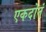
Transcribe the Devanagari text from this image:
एकदोनं